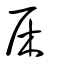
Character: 杘